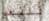
للبدء